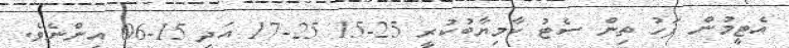
އެޓީމުން ފަހު ތިން ސެޓު ކާމިޔާބުކުރީ 25-15 25-17 އަދި 15-06 އިންނެވެ.